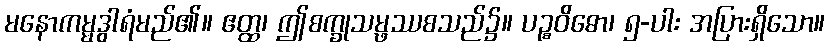
မနောကမ္မဒွါရံမည်၏။ ဧတ္ထ၊ ဤစက္ခုသမ္ဖဿစသည်၌။ ပဉ္စဝိဓော၊ ၅-ပါး အပြားရှိသော။